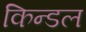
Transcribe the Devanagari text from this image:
किन्डल